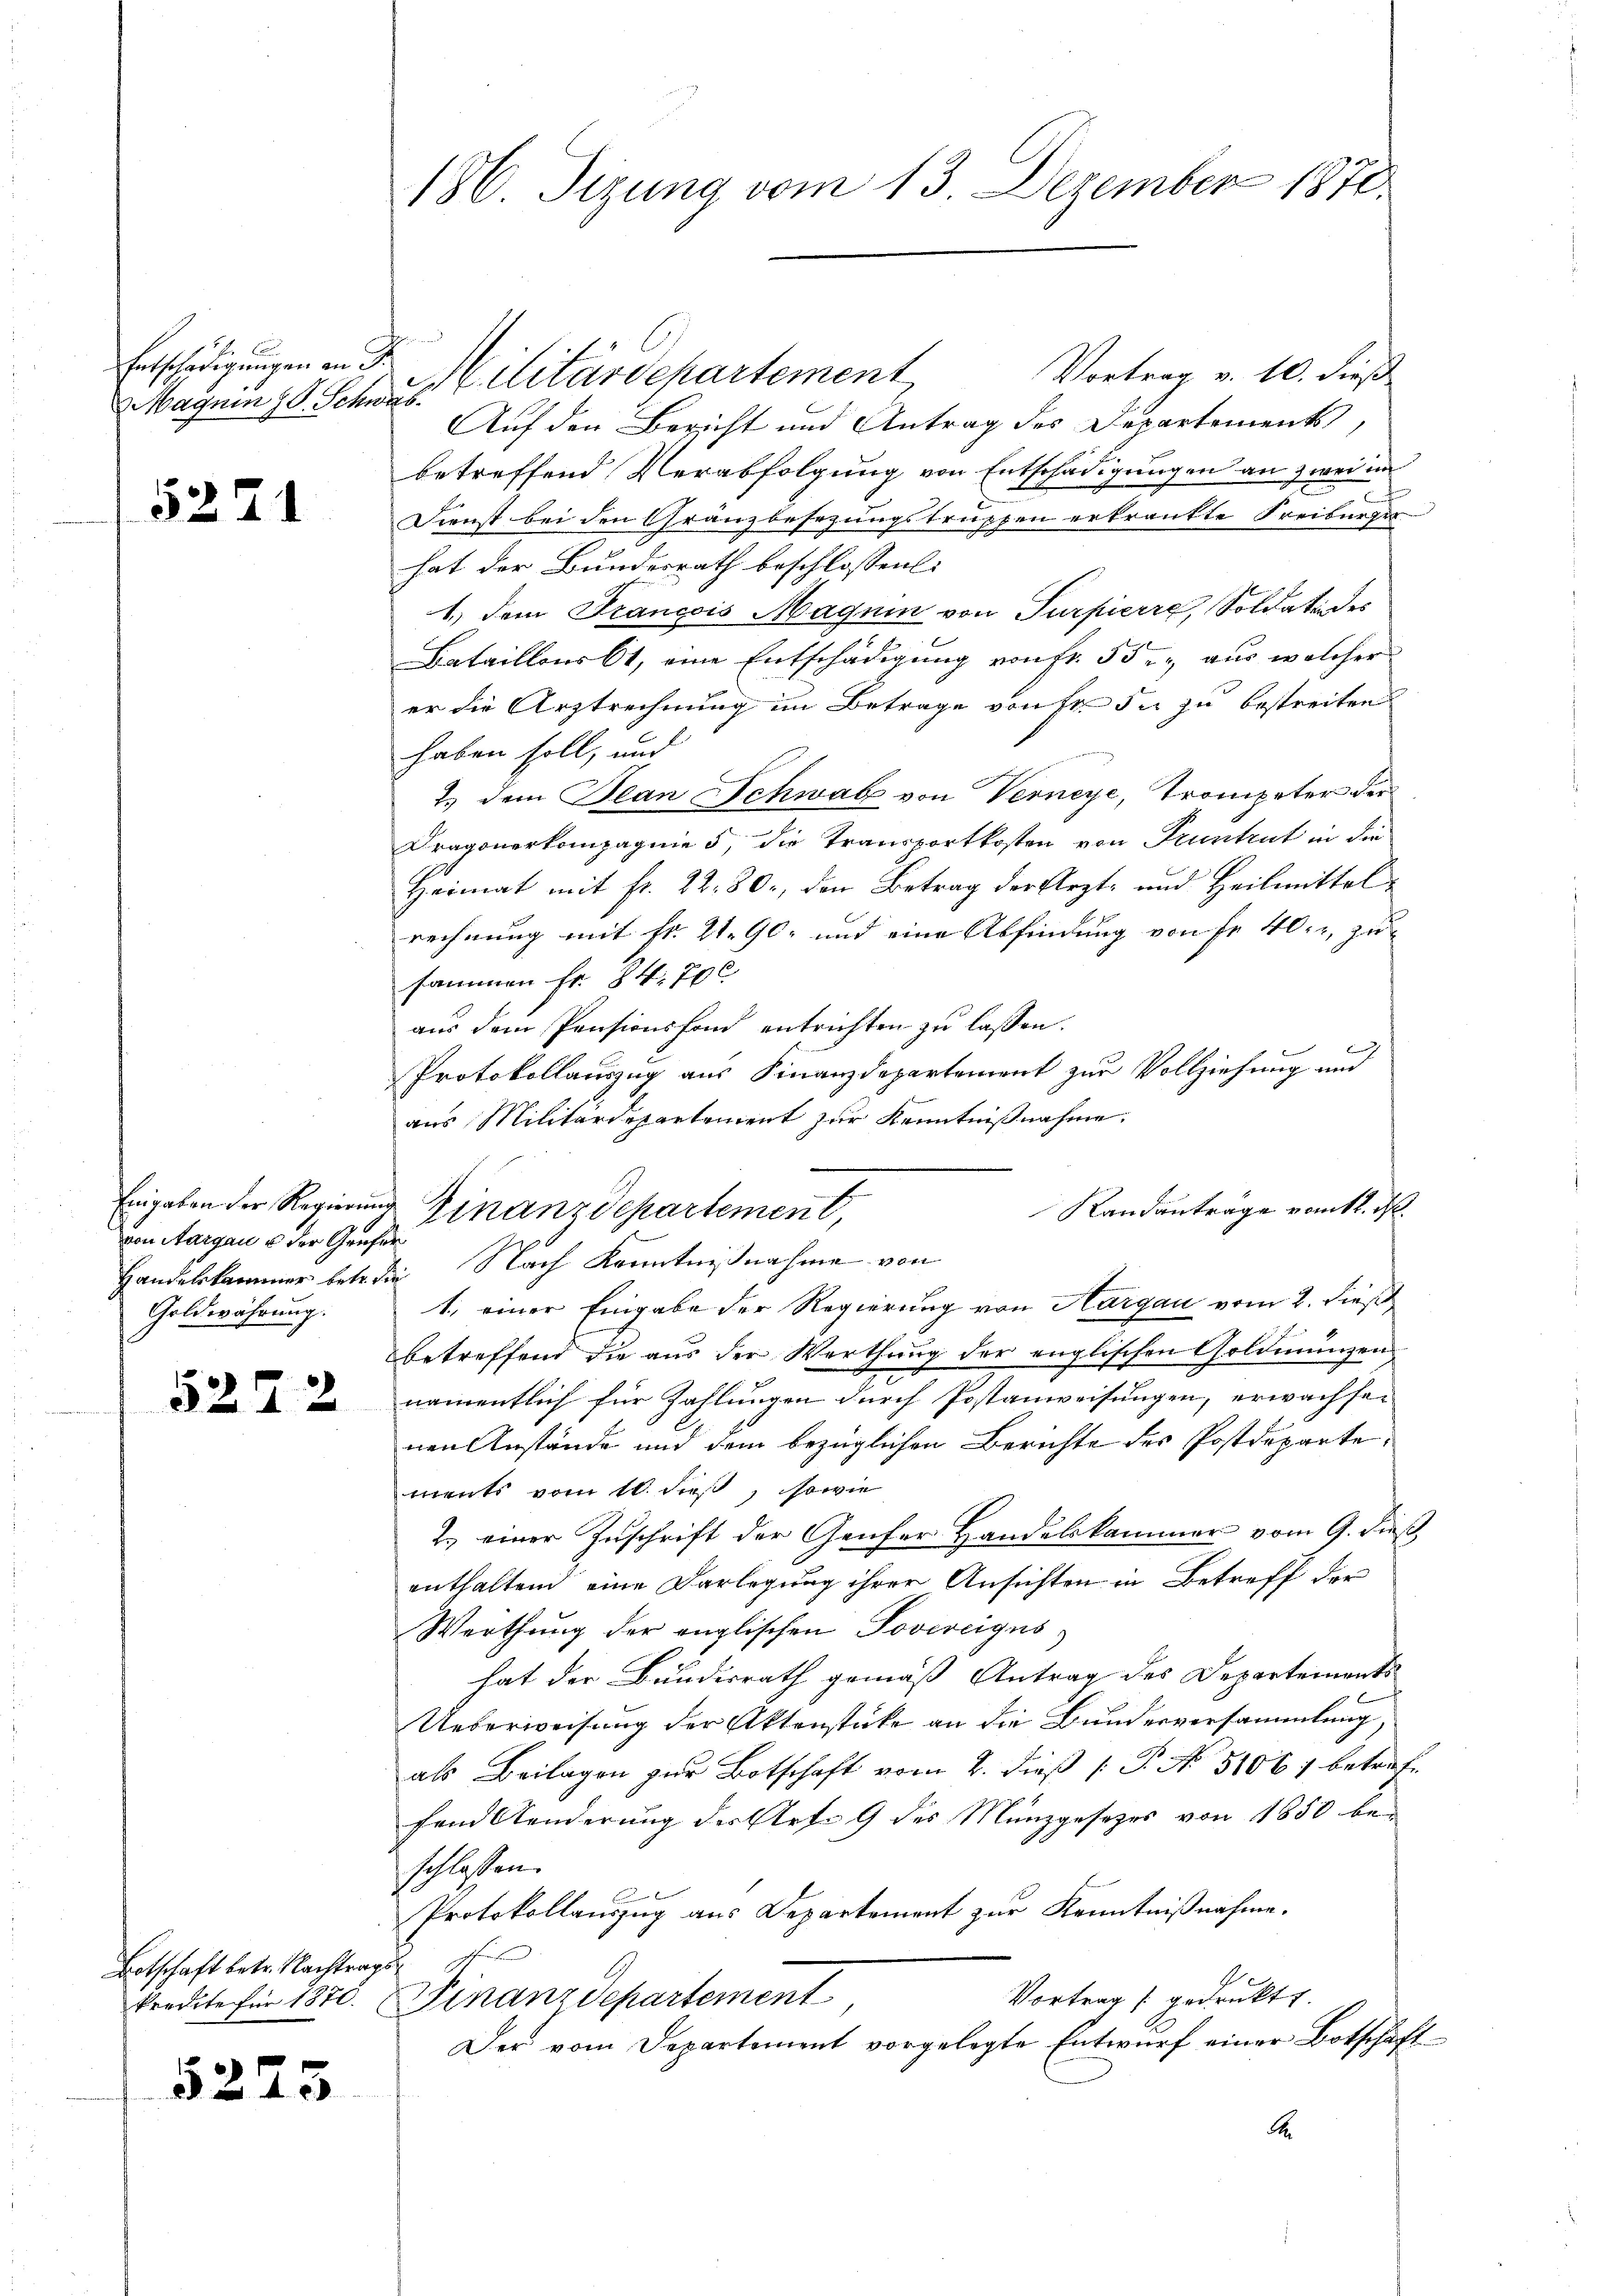
Entschädigungen an d.

5271

von Aargau & der Genfer
Goldwährung.

52.

Botschaft betr. Nachtrags¬

5223

2

186 Sizung vom 13. Dezember 1871

Vortrag v. 10. dieß
Magum 10. Schwest (litärschartement
Auf den Bericht und Antrag des Departements,
betreffend Verabfolgung von Entschädigungen an zwei in
Dienst bei den Gränzbesezungstruppen erkrankte Freiburger
hat der Bundesrath beschlossen:
1.) Dem Francois Magnin von Turpierre, Soldaten des
Batailleurbt, eine Entschädigung von Fr. 55 aus welcher
er die Arztrechnung im Betrage von Fr. 5 u zu bestreiten
haben soll, und
2.) dem Plan Schwab von Verneye, Trompeter der
Dragonerkompagnie 5, die Transportkosten von Pruntrut in die
Heimat mit fr. 22. 80, den Betrag der Arzt- und Heilmittel
rechnung mit Fr. 21. 90, und eine Abfindung von Fr. 40. r. zu
sammen Fr. 84, 700
aus dem Pensionsfond entrichten zu laßen.
Protokollauszug aus Finanzdepartement zur Vollziehung und
aus Militärdepartement zur Kenntnißnahme,
Handelskammer betrie Nach Kenntnißnahme von
1., einer Eingabe der Regierung von Aargau vom 2. dieß
betreffend die aŭs der Werthung der englischen Goldmünzen
namentlich für Zahlungen durch Postanweisungen, erwachsenen Anstände und dem bezüglichen Berichte des Postdepartements vom 10. dieß, sowie
2. einer Zuschrift der Genfer Handelskammer vom 9. dieß,
enthaltend eine Darlegung ihrer Ansichten in Betreff der
Werthung der englischen Povereigns
hat der Bundesrath gemäß Antrag des Departements
Ueberweisung der Aktenstücke an die Bundesversammlung,
als Beilagen zur Botschaft vom 2. dieß P. No. 5106, betreffand Aenderung des Art. 9 des Münzgesetzes von 1850 beschlossen.
Protokollauszug aus Departement zur Kenntnißnahme.
n
Vortrag gedruckt.
kredite für 1870. Finanzdepartement
Der vom Departement vorgelegte Entwurf einer Botschaft
.

e
Eingaben der Regierung Finanzdepartement,
1 x

Randantrage vom 12. M.